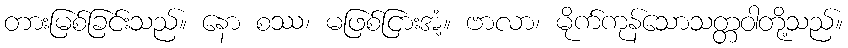
တားမြစ်ခြင်းသည်။ နော စဿ၊ မဖြစ်ငြားအံ့။ ဗာလာ၊ မိုက်ကုန်သောသတ္တဝါတို့သည်။